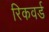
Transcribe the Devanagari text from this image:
रिकवर्ड